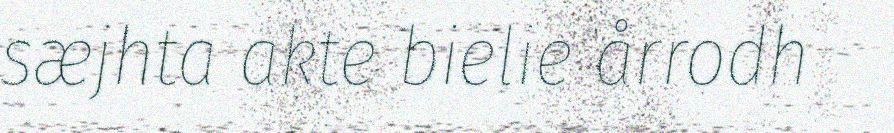
sæjhta akte bielie årrodh